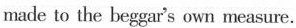
made to the beggar's own measure.